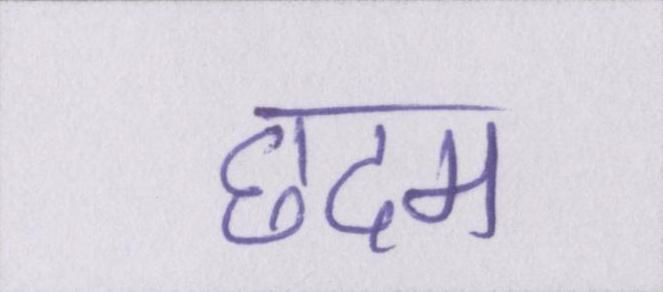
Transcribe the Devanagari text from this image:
छदम